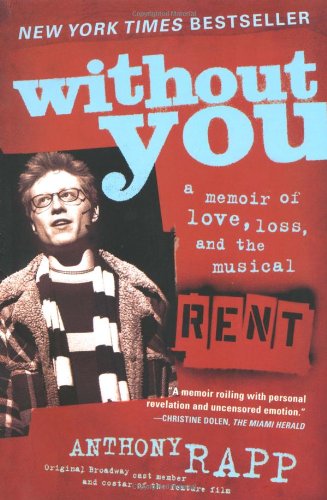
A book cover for Without You: A Memoir of Love, Loss, and the Musical Rent; Anthony Rapp; Biographies & Memoirs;